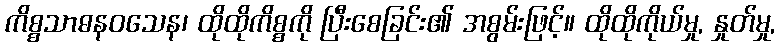
ကိစ္စသာဓနဝသေန၊ ထိုထိုကိစ္စကို ပြီးစေခြင်း၏ အစွမ်းဖြင့်။ ထိုထိုကိုယ်မှု, နှုတ်မှု,